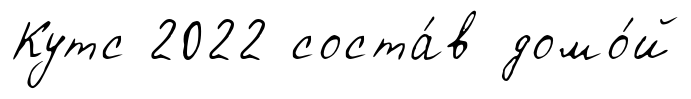
Кутс 2022 соста́в домо́й